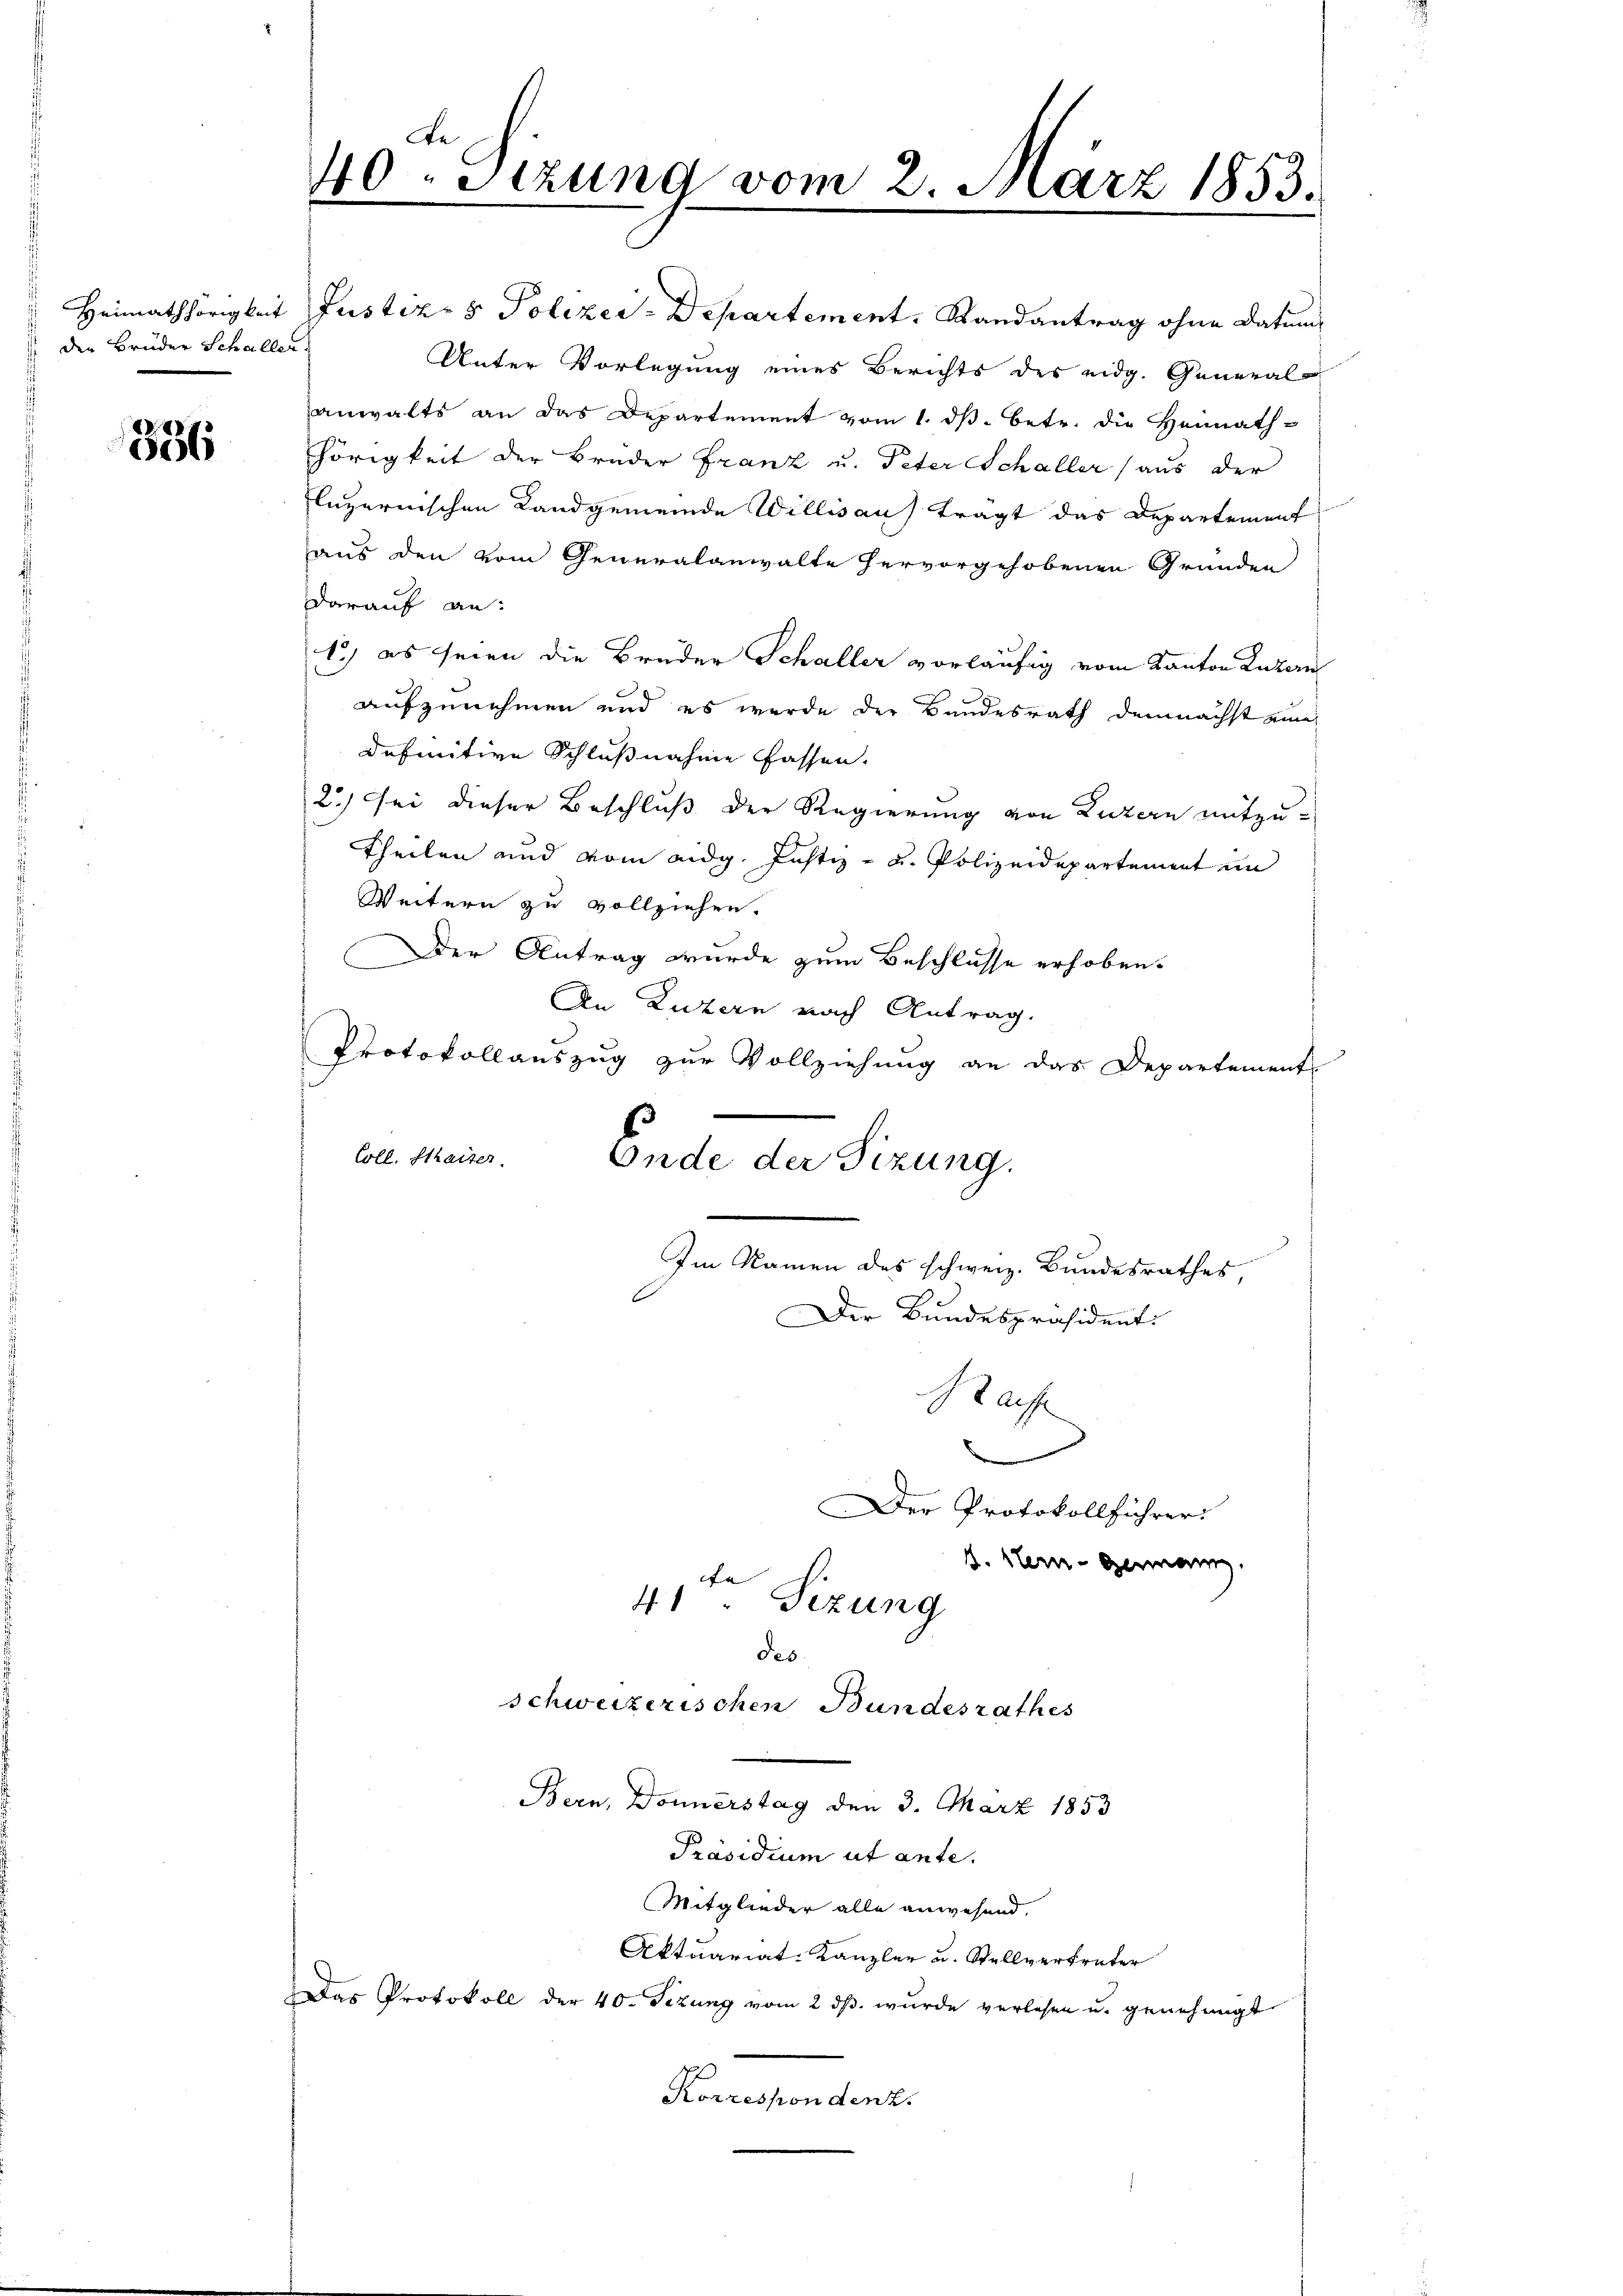
den Brüder Schaller

8
966

40. Jezung vom 2. März 1853.
f

Heimathörigkeit Justiz- & Polizey-Departement. Randantrag ohne Datum
Unter Vorlegung eines Berichts des eidg. General-
anwalts an das Departement vom 1. dβ. betr. die Heimath-
hörigkeit der Brüder Franz u. Peter Schaller (aus der
luzernischen Landgemeinde Willisau) trägt das Departement
aus den vom Generalanwalte hervorgehobenen Gründen
darauf an:
1) es seien die Bruder Schaller vorläufig vom Kanton Luzern
aufzunehmen und es wurde der Bundesrath demnächst eine
definitive Schlußnahme fassen.
2.) Sei dieser Beschluß der Regierung von Luzern mitzu-
Theilen und vom eidg. Justiz- u. Polizeidepartement im
Weitern zu vollziehen.
Der Antrag wurde zum Beschlüsse erhoben.
An Luzern nach Antrag.
Protokollauszug zur Vollziehung an das Departement
Coll. Statter
Ende der Sizung.
Im Namen des schweiz. Bundesrathes,
Der Bundespräsident:

Raf
.
Der Protokollführer:
B. Hein- Germann.
41ten Sizung

schweizerischen Bundesrathes

des
Bern, Donnerstag den 3. März 1853
Präsidium ut ante.
Mitglieder alle anwesend.
Aktuariat-Kanzler u. Stellvertreter
Das Protokoll der 40. Sizung vom 2. dβ. wurde verlesen u. genehmigt
Klangenden.